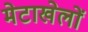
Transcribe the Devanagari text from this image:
मेटाखेलों